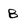
Character: B